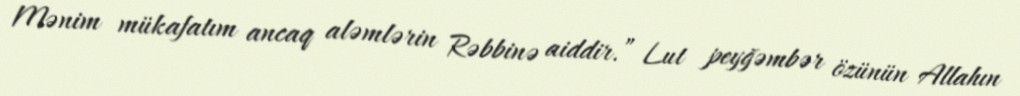
Mənim mükafatım ancaq aləmlərin Rəbbinə aiddir.” Lut peyğəmbər özünün Allahın